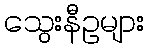
သွေးနီဥများ